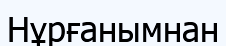
Нұрғанымнан